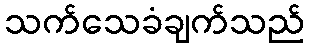
သက်သေခံချက်သည်